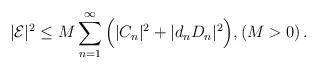
LaTeX: \begin{align*}|\mathcal {E}|^2\le M \sum_{ n= 1}^{\infty}\Big(|C_{n}|^2+ |d_nD_{n}|^2\Big),(M>0)\,.\end{align*}